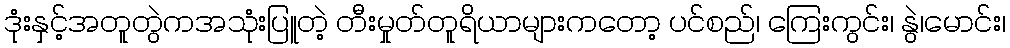
ဒုံးနှင့်အတူတွဲကအသုံးပြူတဲ့ တီးမှုတ်တူရိယာများကတော့ ပင်စည်၊ ကြေးကွင်း၊ နွဲ၊မောင်း၊